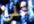
على